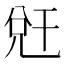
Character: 𭀧